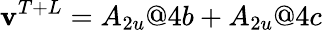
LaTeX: \textbf{v}^{T+L}=A_{2u}@4b+A_{2u}@4c